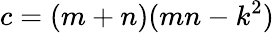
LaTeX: c=(m+n)(mn-k^{2})